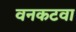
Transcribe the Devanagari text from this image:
वनकटवा